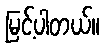
မြင့်ပါတယ်။